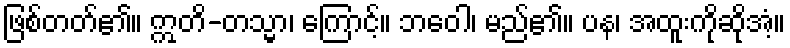
ဖြစ်တတ်၏။ ဣတိ-တသ္မာ၊ ကြောင့်။ ဘဝေါ၊ မည်၏။ ပန၊ အထူးကိုဆိုအံ့။